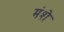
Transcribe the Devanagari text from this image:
मंशे